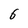
Character: 6